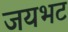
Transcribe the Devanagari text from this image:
जयभट